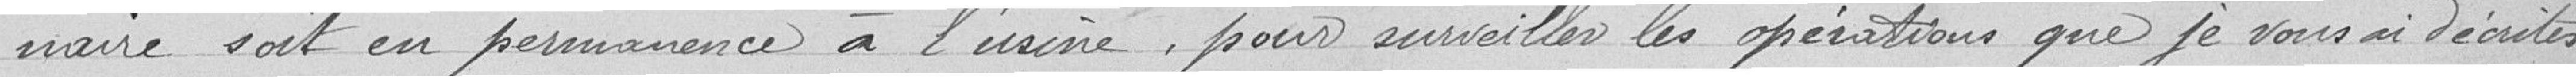
naire soit en permanence à l'usine, pour surveiller les opérations que je vous ai décrites